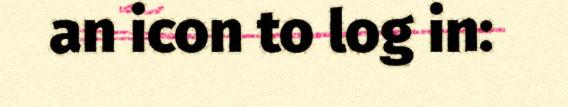
an icon to log in: